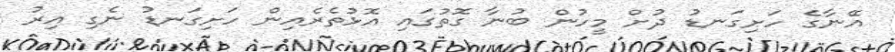
އޭނާގެ ހަށިގަނޑު ދުށް މީހުން ބުނާ ގޮތުގައި އޮޅުތެރެއިން ހަށިގަނޑު ނެގި އިރު